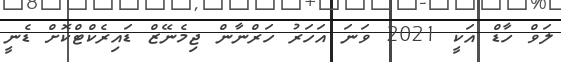
ލަވް ހާޑް އަކީ 2021 ވަނަ އަހަރު ހަރްނާން ޖިމެނޭޒް ޑައިރެކްޓްކޮށް ޑެނީ